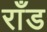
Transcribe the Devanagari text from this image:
राँड